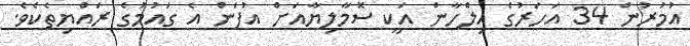
އުމުރުން 34 އަހަރުގެ އިލްހާން އަކީ ސޮމާލިޔާއަށް އުފަން އެ ގައުމުގެ ރައްޔިތެކެވެ.